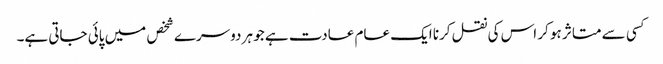
﻿کسی سے متاثر ہو کر اس کی نقل کرنا ایک عام عادت ہے جو ہر دوسرے شخص میں پائی جاتی ہے۔